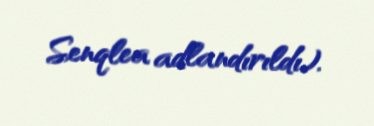
Senqlea adlandırıldı).